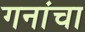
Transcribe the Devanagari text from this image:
गनांचा